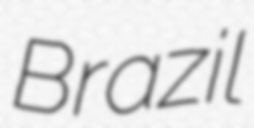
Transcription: Brazil